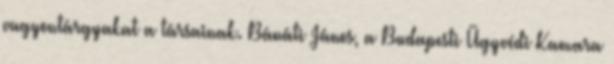
vagyontárgyakat a társainak. Bánáti János, a Budapesti Ügyvédi Kamara